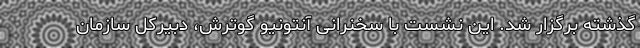
گذشته برگزار شد. این نشست با سخنرانی آنتونیو گوترش، دبیرکل سازمان